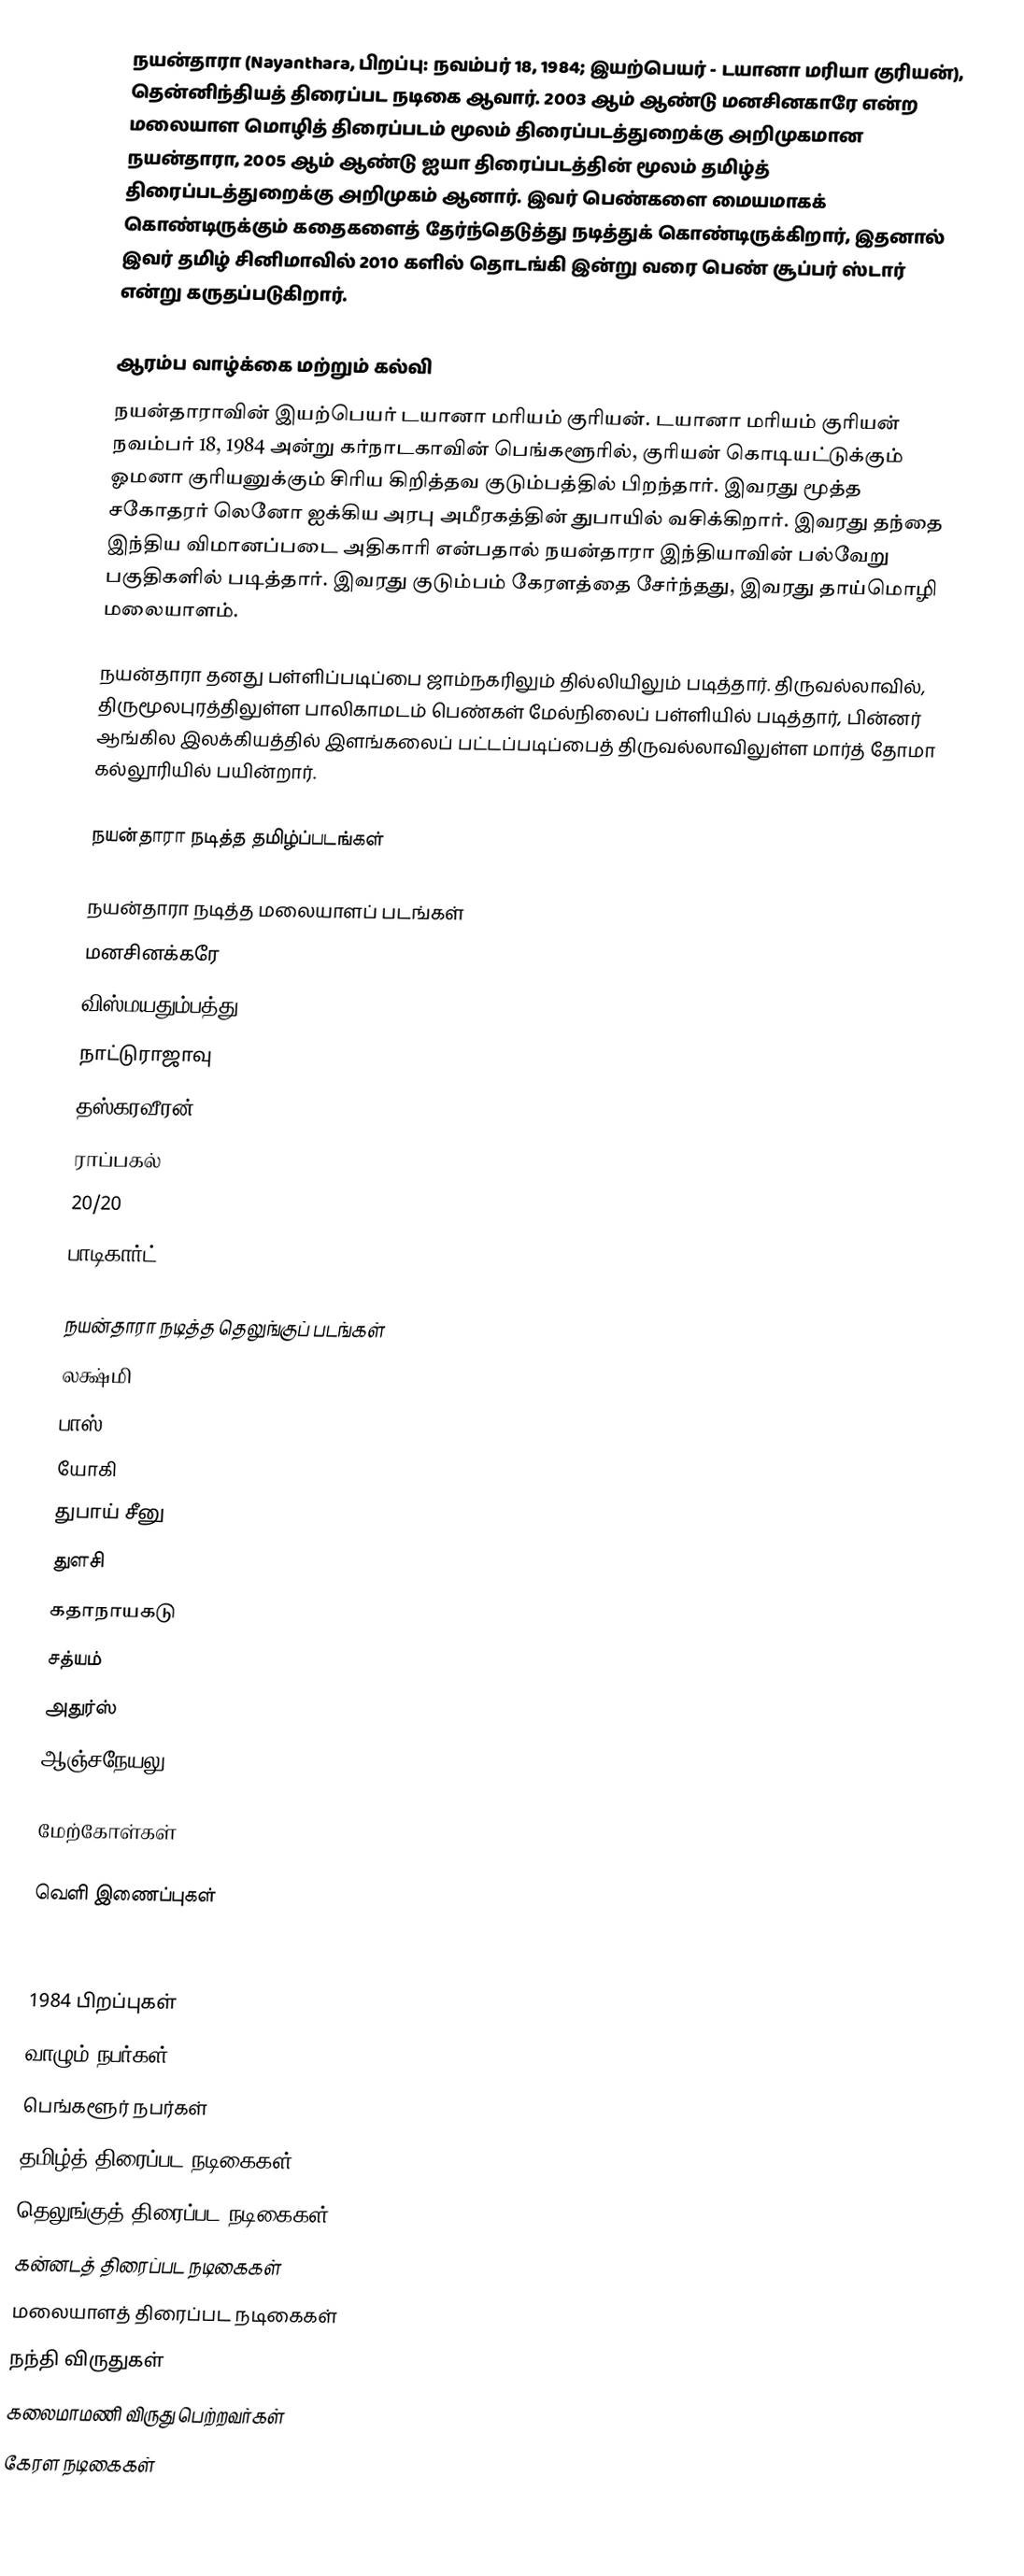
நயன்தாரா (Nayanthara, பிறப்பு: நவம்பர் 18, 1984; இயற்பெயர் - டயானா மரியா குரியன்), தென்னிந்தியத் திரைப்பட நடிகை ஆவார். 2003 ஆம் ஆண்டு மனசினகாரே என்ற மலையாள மொழித் திரைப்படம் மூலம் திரைப்படத்துறைக்கு அறிமுகமான நயன்தாரா, 2005 ஆம் ஆண்டு ஐயா திரைப்படத்தின் மூலம் தமிழ்த் திரைப்படத்துறைக்கு அறிமுகம் ஆனார். இவர் பெண்களை மையமாகக் கொண்டிருக்கும் கதைகளைத் தேர்ந்தெடுத்து நடித்துக் கொண்டிருக்கிறார், இதனால் இவர் தமிழ் சினிமாவில் 2010 களில் தொடங்கி இன்று வரை பெண் சூப்பர் ஸ்டார் என்று கருதப்படுகிறார்.

ஆரம்ப வாழ்க்கை மற்றும் கல்வி
நயன்தாராவின் இயற்பெயர் டயானா மரியம் குரியன். டயானா மரியம் குரியன் நவம்பர் 18, 1984 அன்று  கர்நாடகாவின் பெங்களூரில், குரியன் கொடியட்டுக்கும் ஓமனா குரியனுக்கும் சிரிய கிறித்தவ குடும்பத்தில் பிறந்தார். இவரது மூத்த சகோதரர் லெனோ ஐக்கிய அரபு அமீரகத்தின் துபாயில் வசிக்கிறார். இவரது தந்தை இந்திய விமானப்படை அதிகாரி என்பதால் நயன்தாரா இந்தியாவின் பல்வேறு பகுதிகளில் படித்தார். இவரது குடும்பம் கேரளத்தை சேர்ந்தது, இவரது தாய்மொழி மலையாளம்.

நயன்தாரா தனது பள்ளிப்படிப்பை ஜாம்நகரிலும் தில்லியிலும் படித்தார். திருவல்லாவில், திருமூலபுரத்திலுள்ள பாலிகாமடம் பெண்கள் மேல்நிலைப் பள்ளியில் படித்தார், பின்னர் ஆங்கில இலக்கியத்தில் இளங்கலைப் பட்டப்படிப்பைத் திருவல்லாவிலுள்ள மார்த் தோமா கல்லூரியில் பயின்றார்.

நயன்தாரா நடித்த தமிழ்ப்படங்கள்

நயன்தாரா நடித்த மலையாளப் படங்கள்
 மனசினக்கரே
 விஸ்மயதும்பத்து
 நாட்டுராஜாவு
 தஸ்கரவீரன்
 ராப்பகல்
 20/20
 பாடிகார்ட்

நயன்தாரா நடித்த தெலுங்குப் படங்கள்
 லக்ஷ்மி
 பாஸ்
 யோகி
 துபாய் சீனு
 துளசி
 கதாநாயகடு
 சத்யம்
 அதுர்ஸ்
 ஆஞ்சநேயலு

மேற்கோள்கள்

வெளி இணைப்புகள்

1984 பிறப்புகள்
வாழும் நபர்கள்
பெங்களூர் நபர்கள்
தமிழ்த் திரைப்பட நடிகைகள்
தெலுங்குத் திரைப்பட நடிகைகள்
கன்னடத் திரைப்பட நடிகைகள்
மலையாளத் திரைப்பட நடிகைகள்
நந்தி விருதுகள்
கலைமாமணி விருது பெற்றவர்கள்
கேரள நடிகைகள்